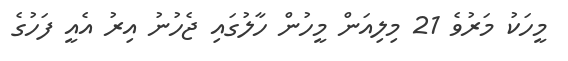
މީހަކު މަރުވެ 21 މިލިއަން މީހުން ހާލުގައި ޖެހުނު އިރު އެއީ ފަހުގެ